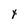
Character: Y